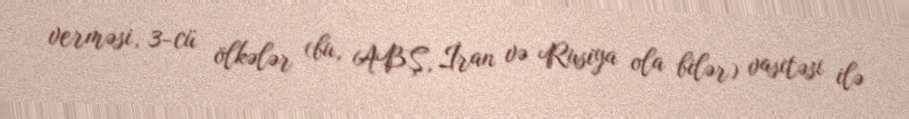
verməsi, 3-cü ölkələr (bu, ABŞ, İran və Rusiya ola bilər) vasitəsi ilə